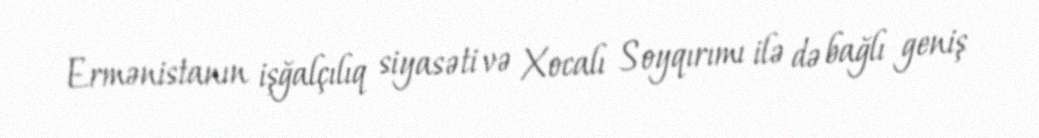
Ermənistanın işğalçılıq siyasəti və Xocalı Soyqırımı ilə də bağlı geniş